Indian journal of veterinary science and animal husbandry - Volume 14,
Year: 1944
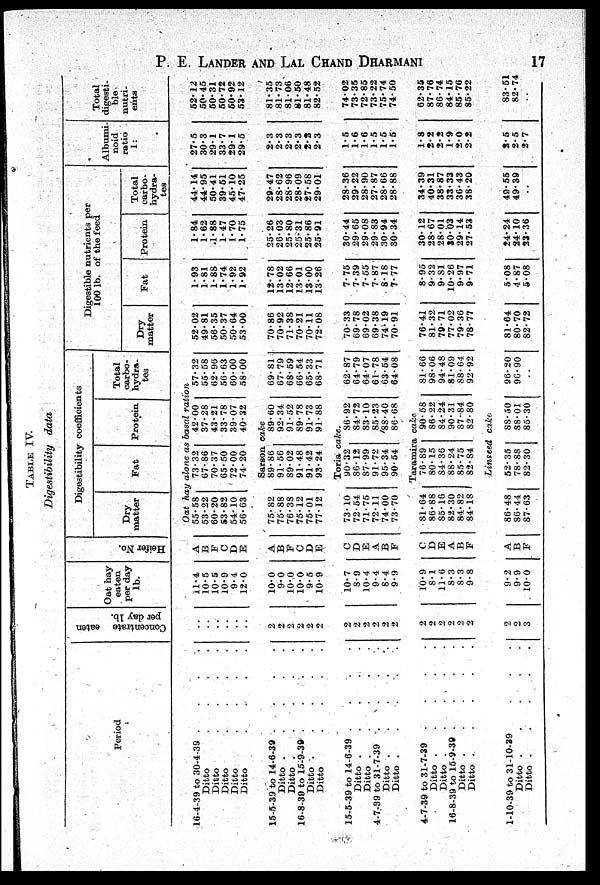
P. E. LANDER AND LAL CHAND DHARMANI 17
TABLE
IV.
Digestibility
data
Period
16-4-39 to 30-4-39 .
.
.
.
Ditto
.
.
.
.
Ditto . . . .
Ditto . . . .
Ditto
.
.
.
.
Ditto . . . .
15-5-39 to 14-6-39 .
.
.
.
Ditto
.
.
.
.
Ditto . . . .
16-8-39 to 15-9-39 .
.
.
.
Ditto
.
.
.
.
Ditto
.
.
.
.
15-5-39 to 14-6-39 .
.
.
.
Ditto
.
.
.
.
Ditto
.
.
.
.
4-7-39 to 31-7-39 .
.
.
.
Ditto
.
.
.
.
Ditto . . . .
4-7-39 to 31-7-39 .
.
.
.
Ditto
.
.
.
.
Ditto .
.
.
.
.
16-8-39 to 15-9-39 .
.
.
.
Ditto .
.
.
.
.
Ditto .
.
.
.
.
1-10-39 to 31-10-39
Ditto . . . . .
Ditto
.
.
.
.
Concentrate eaten
per day lb.
Oat hay
eaten
per day
lb.
Hei f er No.
Digestibility coefficients
Dry
matter
Fat
Protein
Total
carbo-
hydra-
tes
digestible nutrients per
100 1b. of the feed
Dry
matter
Fat
Protein
Total
carbo-
hydra-
tes
Albumi-
noid
ratio
1:
Total
digesti-
ble
nutri-
ents
Oat hay alone as basal ration
..
..
..
..
..
..
11.4
10.5
10.5
10.9
9.4
12.0
A
B
F
C
D
E
55.58
53.22
60.20
53.82
54.10
56.63
73.32
67.86
70.37
65.50
72.00
74.20
42.00
37.28
43.21
33.78
39.07
40.32
57.32
55.58
62.90
56.63
60.00
58.00
52.02
49.81
56.35
50.37
50.64
53.00
1.93
1.81
1.88
1.74
1.92
1.92
1.84
1.62
1.88
1.47
1.70
1.75
44.14
44.95
50.41
39.51
45.10
47.25
27.5
30.3
29.1
33.7
29.1
29.5
52.12
50.45
50.31
50.72
50.92
53.12
Sarson cake
2
2
2
2
2
2
10.0
9.0
10.0
10.0
9.5
10.9
A
B
F
C
D
E
75.82
75.88
76.38
75.12
75.01
77.12
89.86
91.56
89.02
91.48
91.42
93.24
89.60
92.34
91.52
89.78
91.73
91.88
69.81
67.79
68.59
66.54
65.33
68.71
70.86
70.92
71.38
70.21
70.11
72.08
12.78
13.02
12.66
13.01
13.00
13.26
25.26
26.03
25.80
25.31
25.86
25.91
29.47
28.62
28.96
28.09
27.58
29.01
2.3
2.3
2.3
2.3
2.2
2.3
81.35
81.73
81.06
81.50
81.48
82.52
Toria cake.
2
2
2
2
2
2
10.7
8.9
10.4
9.4
8.4
9.9
C
D
E
A
B
F
73.10
72.54
71.75
72.11
74.00
73.70
90.32
86.12
87.99
91.72
95.34
90.54
86.92
84.72
83.10
85.23
88.40
86.68
62.87
64.79
64.07
61.78
63.54
64.08
70.33
69.78
69.02
69.38
74.19
70.91
7.75
7.39
7.55
7.87
8.18
7.77
30.44
29.65
29.08
29.83
30.94
30.34
28.36
29.22
28.90
27.87
28.66
28.88
1.5
1.6
1.6
1.5
1.5
1.5
74.02
73.35
72.85
73.22
75.74
74.50
Taramira cake
2
2
2
2
2
2
10.9
8.1
11.6
8.3
8.3
9.8
C
D
E
A
B
F
81.64
86.88
85.16
82.30
84.82
84.18
76.89
80.15
84.36
88.24
85.75
82.84
90.58
86.22
84.24
90.31
87-84
82.80
81.66
98.06
94.48
81.09
88.64
92.92
76.41
81.32
79.71
77.02
79.36
78.77
8.95
9.32
9.81
10.26
9.97
9.71
30.12
28.67
28.01
30.03
29.14
27.53
34.39
40.31
38.87
33.33
36.43
38.20
1.8
2.2
2.2
1.9
2.0
2.2
62.35
87.76
86.74
84.15
85.76
85.22
Linseed cake
2
2
3
9.2
9.9
10.0
A
B
F
86.48
86.44
87.63
52.35
78.88
82.30
88.50
88.01
85.30
96.20
96.90
81.64
80.70
82.72
508
4.87
5.08
24.24
24.10
23.36
49.55
49.39
..
8.5
2.5
2.7
83.51
82.74
..